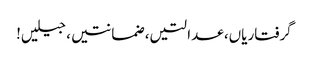
گرفتاریاں، عدالتیں، ضمانتیں، جیلیں!